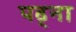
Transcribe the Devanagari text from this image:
पढ्ना